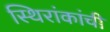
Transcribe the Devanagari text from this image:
स्थिरांकांची